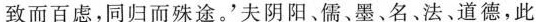
致而百虑，同归而殊途。'夫阴阳、儒、墨、名法﹑道德，此